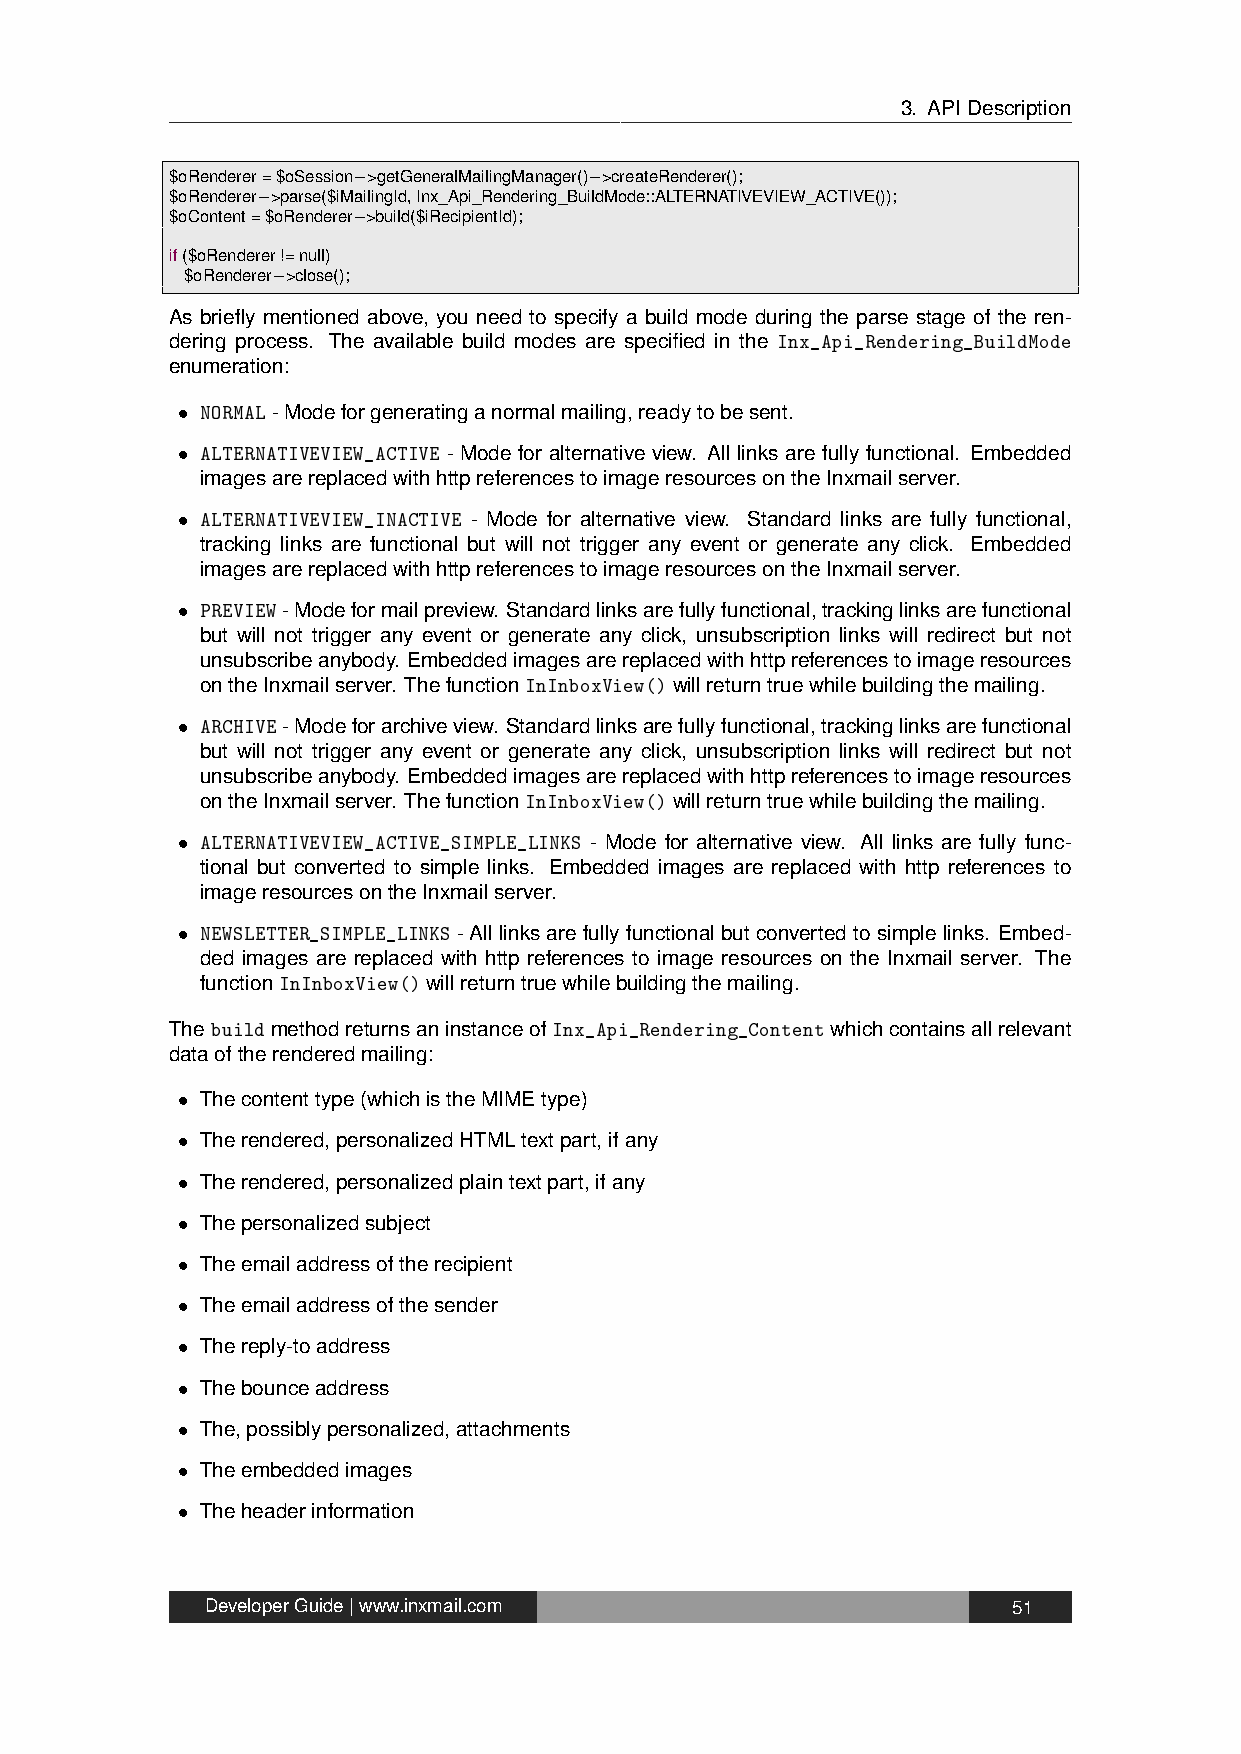
3. APIDescription
 $oRenderer=$oSession−>getGeneralMailingManager()−>createRenderer();
 $oRenderer−>parse($iMailingId,Inx_Api_Rendering_BuildMode::ALTERNATIVEVIEW_ACTIVE());
 $oContent=$oRenderer−>build($iRecipientId);
 if($oRenderer!=null)
 $oRenderer−>close();
 As briefly mentioned above, you need to specify a build mode during the parse stage of the ren-
 dering process. The available build modes are specified in the Inx_Api_Rendering_BuildMode
 enumeration:
 • NORMAL-Modeforgeneratinganormalmailing,readytobesent.
 • ALTERNATIVEVIEW_ACTIVE - Mode for alternative view. All links are fully functional. Embedded
 imagesarereplacedwithhttpreferencestoimageresourcesontheInxmailserver.
 • ALTERNATIVEVIEW_INACTIVE - Mode for alternative view. Standard links are fully functional,
 tracking links are functional but will not trigger any event or generate any click. Embedded
 imagesarereplacedwithhttpreferencestoimageresourcesontheInxmailserver.
 • PREVIEW-Modeformailpreview. Standardlinksarefullyfunctional,trackinglinksarefunctional
 but will not trigger any event or generate any click, unsubscription links will redirect but not
 unsubscribeanybody. Embeddedimagesarereplacedwithhttpreferencestoimageresources
 ontheInxmailserver. ThefunctionInInboxView()willreturntruewhilebuildingthemailing.
 • ARCHIVE-Modeforarchiveview. Standardlinksarefullyfunctional,trackinglinksarefunctional
 but will not trigger any event or generate any click, unsubscription links will redirect but not
 unsubscribeanybody. Embeddedimagesarereplacedwithhttpreferencestoimageresources
 ontheInxmailserver. ThefunctionInInboxView()willreturntruewhilebuildingthemailing.
 • ALTERNATIVEVIEW_ACTIVE_SIMPLE_LINKS - Mode for alternative view. All links are fully func-
 tional but converted to simple links. Embedded images are replaced with http references to
 imageresourcesontheInxmailserver.
 • NEWSLETTER_SIMPLE_LINKS-Alllinksarefullyfunctionalbutconvertedtosimplelinks. Embed-
 ded images are replaced with http references to image resources on the Inxmail server. The
 functionInInboxView()willreturntruewhilebuildingthemailing.
 ThebuildmethodreturnsaninstanceofInx_Api_Rendering_Contentwhichcontainsallrelevant
 dataoftherenderedmailing:
 • Thecontenttype(whichistheMIMEtype)
 • Therendered,personalizedHTMLtextpart,ifany
 • Therendered,personalizedplaintextpart,ifany
 • Thepersonalizedsubject
 • Theemailaddressoftherecipient
 • Theemailaddressofthesender
 • Thereply-toaddress
 • Thebounceaddress
 • The,possiblypersonalized,attachments
 • Theembeddedimages
 • Theheaderinformation
 DeveloperGuide|www.inxmail.com                       51